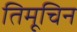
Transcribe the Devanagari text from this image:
तिमूचिन